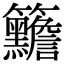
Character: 𥸣